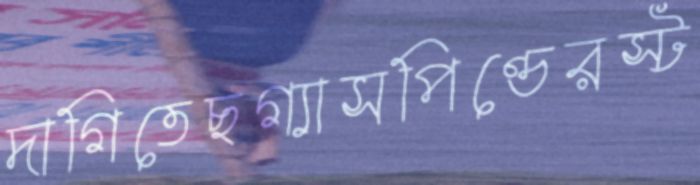
দাগিতেছগ্যাসপিণ্ডেরস্ট